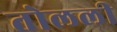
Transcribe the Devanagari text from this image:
तोलली